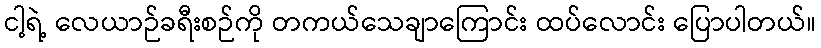
ငါ့ရဲ့ လေယာဉ်ခရီးစဉ်ကို တကယ်သေချာကြောင်း ထပ်လောင်း ပြောပါတယ်။